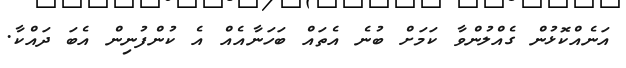
އަނެއްކޮޅުން ގެއްލުންވާ ކަމަށް ބުނެ އެތައް ބަހަނާއެއް އެ ކުންފުނިން އެބަ ދައްކާ.